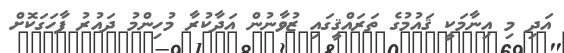
އަދި މި އިނާމަކީ ޤައުމުގެ ތަރައްޤީގައި ޒުވާނުން އަދާކުރާ މުހިންމު ދައުރު ފާހަގަކޮށް